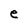
Character: e